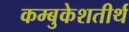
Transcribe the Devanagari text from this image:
कम्बुकेशतीर्थ